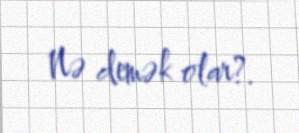
Nə demək olar?.